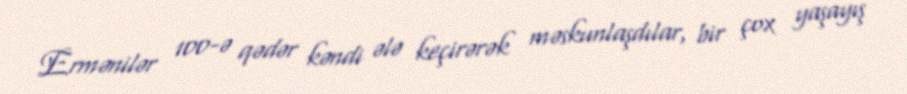
Ermənilər 100-ə qədər kəndi ələ keçirərək məskunlaşdılar, bir çox yaşayış